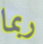
ربما